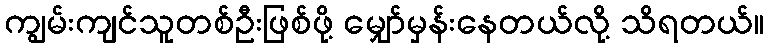
ကျွမ်းကျင်သူတစ်ဦးဖြစ်ဖို့ မျှော်မှန်းနေတယ်လို့ သိရတယ်။